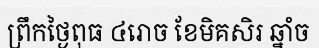
ព្រឹកថ្ងៃពុធ ៤រោច ខែមិគសិរ ឆ្នាំច